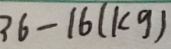
3 6 - 1 6 ( k g )